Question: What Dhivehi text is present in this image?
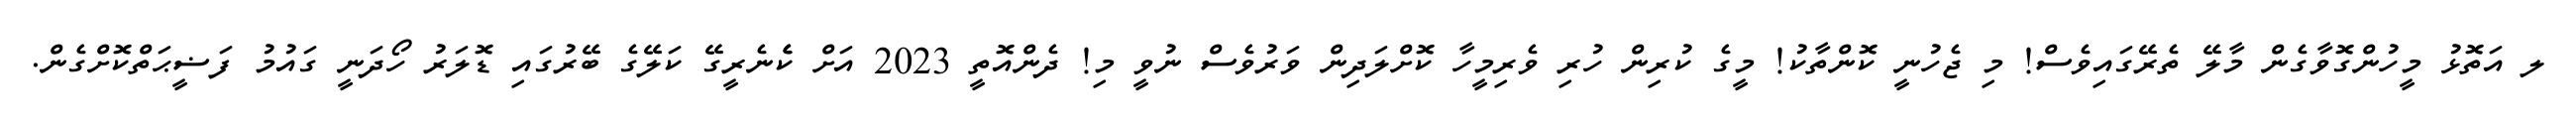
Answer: ލ އަތޮޅު މީހުންގޮވާގެން މާލޭ ތެރޭގައިވެސް! މި ޖެހުނީ ކޮންތާކު! މީގެ ކުރިން ހުރި ވެރިމީހާ ކޮށްލަދިން ވަރުވެސް ނުވީ މި! ދެންއޮތީ 2023 އަށް ކެެނެރީގޭ ކަލޭގެ ބޭރުގައި ޑޮލަރު ހޯދަނީ ގައުމު ފަޟީޙަތްކޮށްގެން.